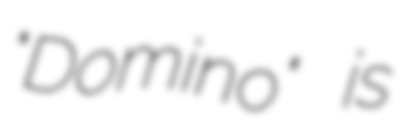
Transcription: "Domino" is